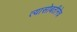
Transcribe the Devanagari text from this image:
त्यासोबतीनेच